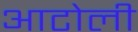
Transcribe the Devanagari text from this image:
आटोली